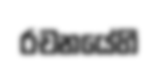
රචනයේහි